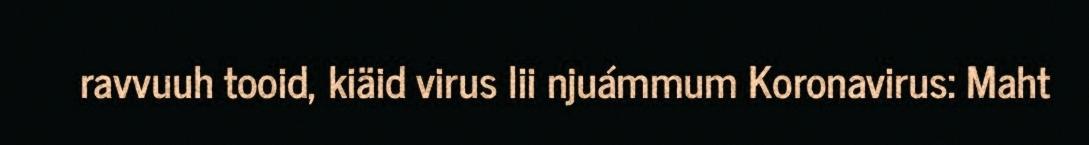
ravvuuh tooid, kiäid virus lii njuámmum Koronavirus: Maht